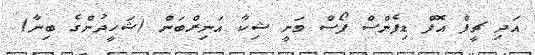
އަދި ޗީފް އޮފް ޑިފެންސް ފޯސް ވަނީ ޝިކާ އަނިރްބަން (ޝަހީދުންގެ ބިނާ)